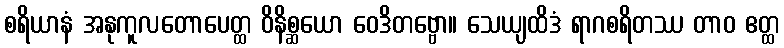
စရိယာနံ အနုကူလတောပေတ္ထ ဝိနိစ္ဆယော ဝေဒိတဗ္ဗော။ သေယျထိဒံ ရာဂစရိတဿ တာဝ ဧတ္ထ